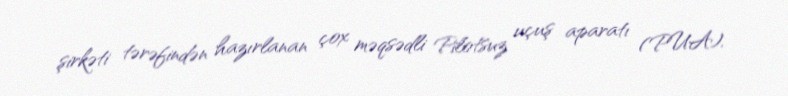
şirkəti tərəfindən hazırlanan çox məqsədli Pilotsuz uçuş aparatı (PUA).